Indian journal of veterinary science and animal husbandry - Volume 10,
Year: 1940
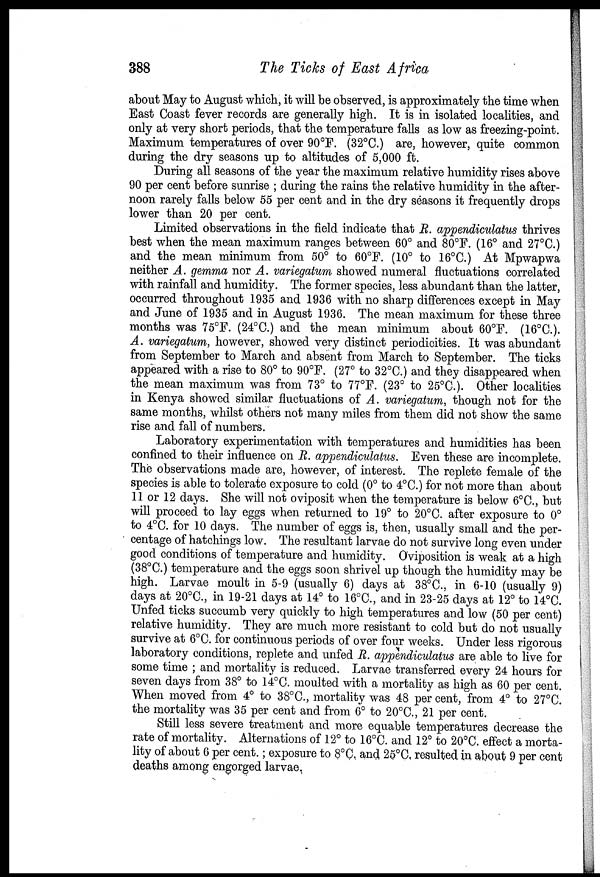
388
The Ticks of East Africa
about May to August which, it will be observed, is approximately the time when
East Coast fever records are generally high. It is in isolated localities, and
only at very short periods, that the temperature falls as low as freezing-point.
Maximum temperatures of over 90°F. (32°C.) are, however, quite common
during the dry seasons up to altitudes of 5,000 ft.
During all seasons of the year the maximum relative humidity rises above
90 per cent before sunrise ; during the rains the relative humidity in the after-
noon rarely falls below 55 per cent and in the dry seasons it frequently drops
lower than 20 per cent.
Limited observations in the field indicate that R. appendiculatus thrives
best when the mean maximum ranges between 60° and 80°F. (16° and 27°C.)
and the mean minimum from 50° to 60°F. (10° to 16°C.) At Mpwapwa
neither A. gemma nor A. variegatum showed numeral fluctuations correlated
with rainfall and humidity. The former species, less abundant than the latter,
occurred throughout 1935 and 1936 with no sharp differences except in May
and June of 1935 and in August 1936. The mean maximum for these three
months was 75°F. (24°C.) and the mean minimum about 60°F. (16°C.).
A. variegatum, however, showed very distinct periodicities. It was abundant
from September to March and absent from March to September. The ticks
appeared with a rise to 80° to 90°F. (27° to 32°C.) and they disappeared when
the mean maximum was from 73° to 77°F. (23° to 25°C.). Other localities
in Kenya showed similar fluctuations of A. variegatum, though not for the
same months, whilst others not many miles from them did not show the same
rise and fall of numbers.
Laboratory experimentation with temperatures and humidities has been
confined to their influence on R. appendiculatus. Even these are incomplete.
The observations made are, however, of interest. The replete female of the
species is able to tolerate exposure to cold (0° to 4°C.) for not more than about
11 or 12 days. She will not oviposit when the temperature is below 6°C., but
will proceed to lay eggs when returned to 19° to 20°C. after exposure to 0°
to 4°C. for 10 days. The number of eggs is, then, usually small and the per-
centage of hatchings low. The resultant larvae do not survive long even under
good conditions of temperature and humidity. Oviposition is weak at a high
(38°C.) temperature and the eggs soon shrivel up though the humidity may be
high. Larvae moult in 5-9 (usually 6) days at 38°C., in 6-10 (usually 9)
days at 20°C., in 19-21 days at 14° to 16°C., and in 23-25 days at 12° to 14°C.
Unfed ticks succumb very quickly to high temperatures and low (50 per cent)
relative humidity. They are much more resistant to cold but do not usually
survive at 6°C. for continuous periods of over four weeks. Under less rigorous
laboratory conditions, replete and unfed R. appendiculatus are able to live for
some time ; and mortality is reduced. Larvae transferred every 24 hours for
seven days from 38° to 14°C. moulted with a mortality as high as 60 per cent.
When moved from 4° to 38°C., mortality was 48 per cent, from 4° to 27°C.
the mortality was 35 per cent and from 6° to 20°C., 21 per cent.
Still less severe treatment and more equable temperatures decrease the
rate of mortality. Alternations of 12° to 16°C. and 12° to 20°C. effect a morta-
lity of about 6 per cent.; exposure to 8°C. and 25°C. resulted in about 9 per cent
deaths among engorged larvae.